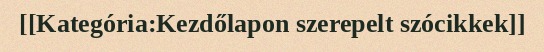
[[Kategória:Kezdőlapon szerepelt szócikkek]]